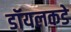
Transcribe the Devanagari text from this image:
डॉयलकडे